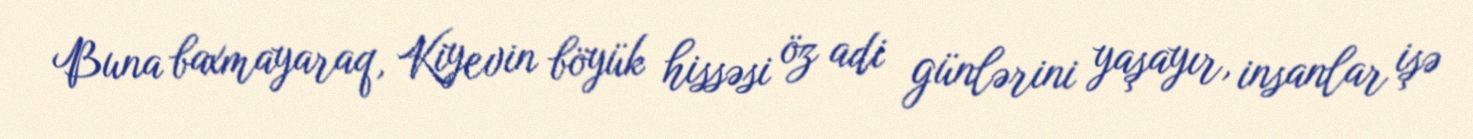
Buna baxmayaraq, Kiyevin böyük hissəsi öz adi günlərini yaşayır, insanlar işə